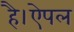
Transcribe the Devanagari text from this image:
है।ऐपल